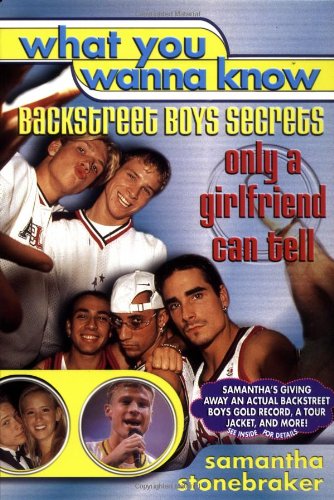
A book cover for What You Wanna Know: Backstreet Boys Secrets Only a Girlfriend Can Tell; Samantha Stonebraker; Teen & Young Adult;